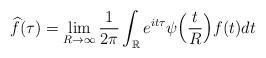
LaTeX: \begin{align*} \widehat{f}(\tau) = \lim_{R\rightarrow\infty} \frac{1}{2\pi} \int_{\mathbb{R}} e^{it\tau} \psi\Big(\frac{t}{R}\Big) f(t) dt \end{align*}